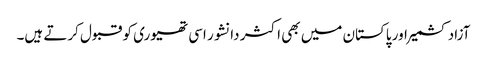
آزاد کشمیر اور پاکستان میں بھی اکثر دانشور اسی تھیوری کو قبول کرتے ہیں۔